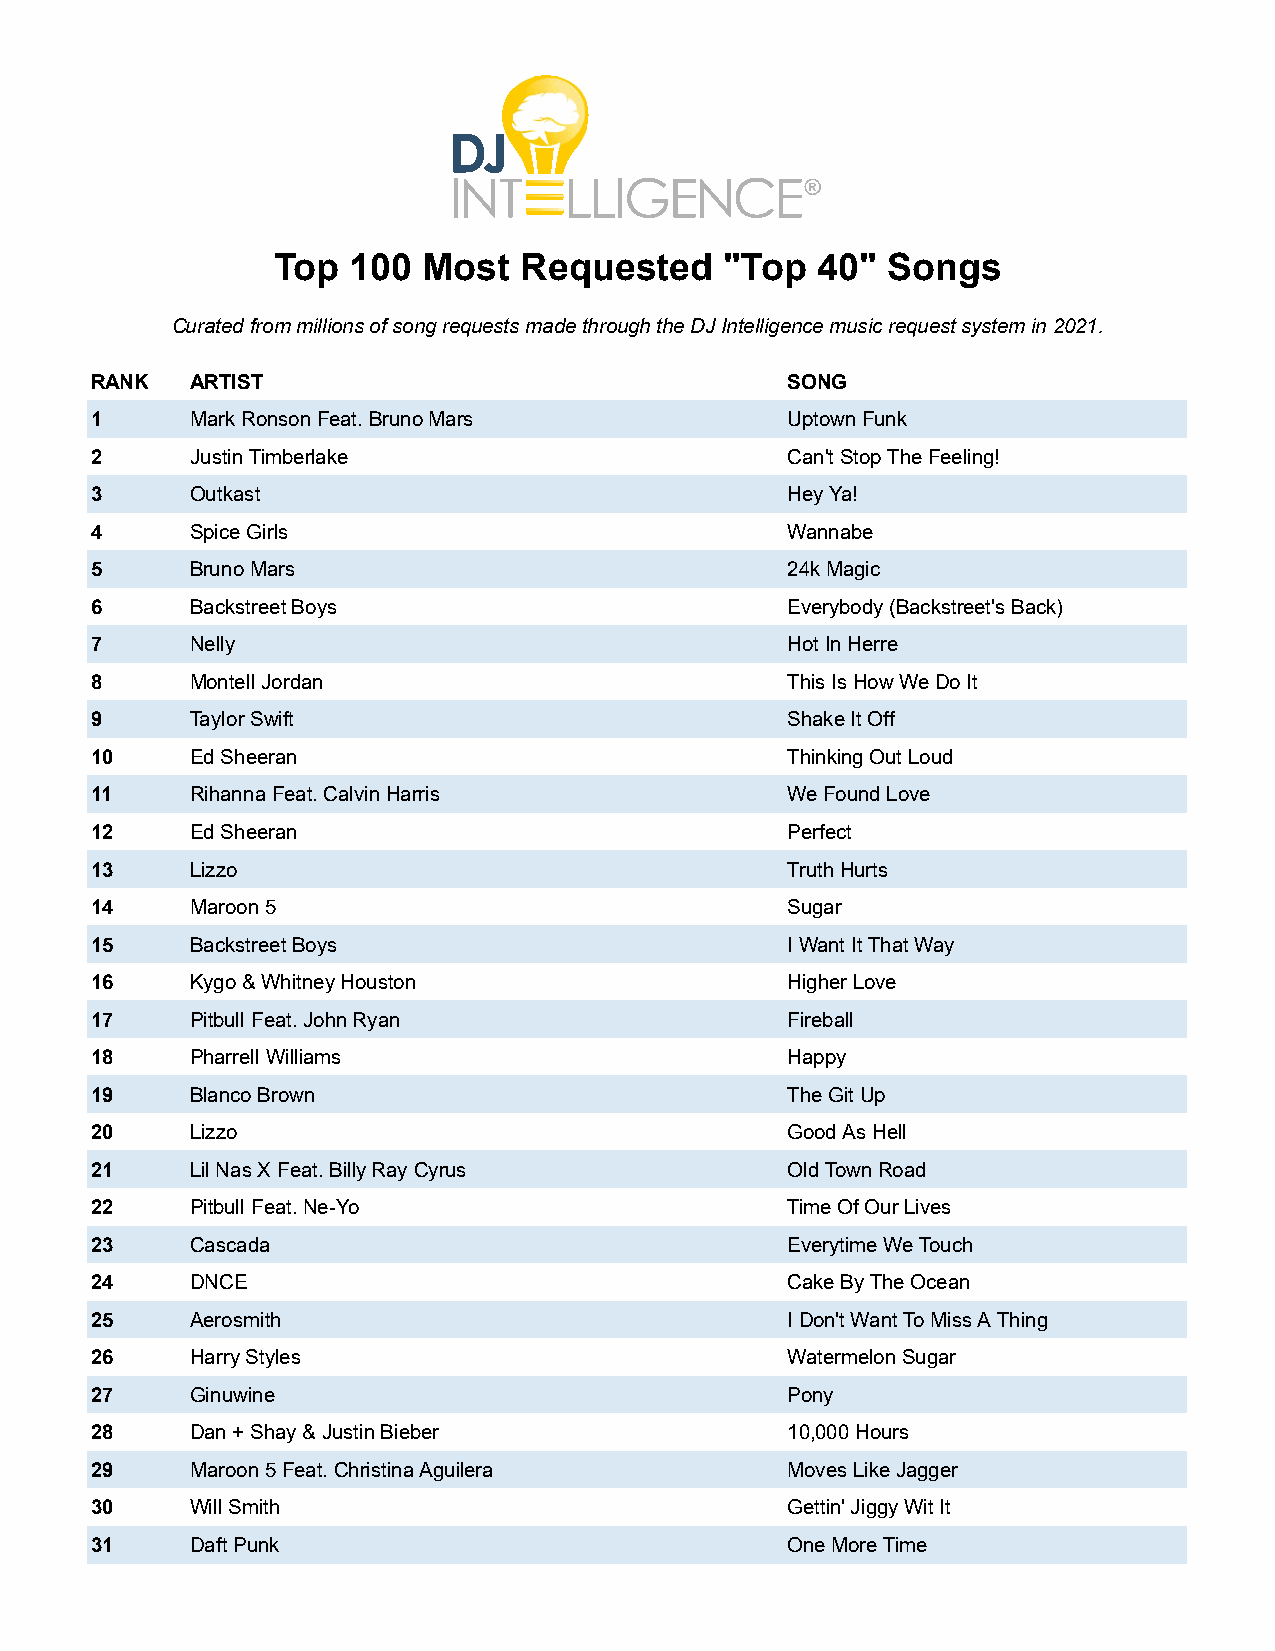
Top  100  Most  Requested     "Top  40"  Songs
 Curated from millions of song requests made through the DJ Intelligence music request system in 2021.
 RANK   ARTIST                                 SONG
 1      Mark Ronson Feat. Bruno Mars           Uptown Funk
 2      Justin Timberlake                      Can't Stop The Feeling!
 3      Outkast                                Hey Ya!
 4      Spice Girls                            Wannabe
 5      Bruno Mars                             24k Magic
 6      Backstreet Boys                        Everybody (Backstreet's Back)
 7      Nelly                                  Hot In Herre
 8      Montell Jordan                         This Is How We Do It
 9      Taylor Swift                           Shake It Off
 10     Ed Sheeran                             Thinking Out Loud
 11     Rihanna Feat. Calvin Harris            We Found Love
 12     Ed Sheeran                             Perfect
 13     Lizzo                                  Truth Hurts
 14     Maroon 5                               Sugar
 15     Backstreet Boys                        I Want It That Way
 16     Kygo & Whitney Houston                 Higher Love
 17     Pitbull Feat. John Ryan                Fireball
 18     Pharrell Williams                      Happy
 19     Blanco Brown                           The Git Up
 20     Lizzo                                  Good As Hell
 21     Lil Nas X Feat. Billy Ray Cyrus        Old Town Road
 22     Pitbull Feat. Ne-Yo                    Time Of Our Lives
 23     Cascada                                Everytime We Touch
 24     DNCE                                   Cake By The Ocean
 25     Aerosmith                              I Don't Want To Miss A Thing
 26     Harry Styles                           Watermelon Sugar
 27     Ginuwine                               Pony
 28     Dan + Shay & Justin Bieber             10,000 Hours
 29     Maroon 5 Feat. Christina Aguilera      Moves Like Jagger
 30     Will Smith                             Gettin' Jiggy Wit It
 31     Daft Punk                              One More Time